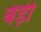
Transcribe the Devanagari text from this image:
बेंड़ी